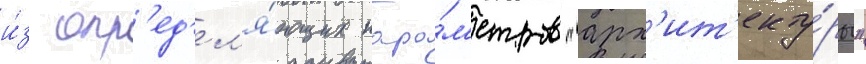
и́з опр'ед'ел'я́ющих пара́м'етров "арх'ит'екту́ры"